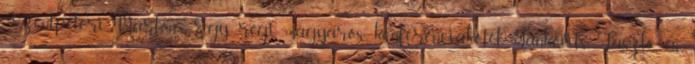
Szentpéteri, Márton: Egy régi magyaros konferenciakötet Jankovits László és